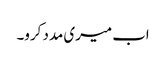
اب میری مدد کرو۔